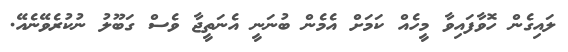
ލައިގެން ހޮވާފައިވާ މީހެއް ކަމަށް އެމެން ބުނަނީ އެނަތީޖާ ވެސް ގަބޫލު ނުކުރެވޭނެއޭ.